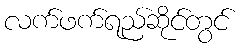
လက်ဖက်ရည်ဆိုင်တွင်